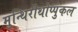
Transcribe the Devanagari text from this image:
मुन्थिरीथोप्पुकल